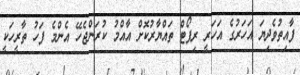
ފާއިތުވެދިޔަ އަހަރުގެ އަހަރީ ރިޕޯޓް ތައްޔާރުކޮށް އާއްމު ކުރަންޖެހޭ އެންމެ ފަހު ތާރީހަކީ